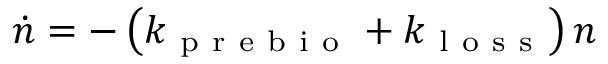
\dot { n } = - \left( k _ { \mathrm { ~ p ~ r ~ e ~ b ~ i ~ o ~ } } + k _ { \mathrm { ~ l ~ o ~ s ~ s ~ } } \right) n